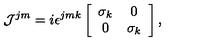
{ \cal J } ^ { j m } = i \epsilon ^ { j m k } \left[ \begin{array} { c c } { \sigma _ { k } } & { 0 } \\ { 0 } & { \sigma _ { k } } \\ \end{array} \right] ,